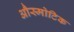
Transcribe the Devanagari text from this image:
औस्मोटिक